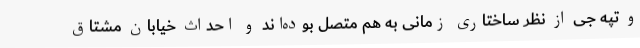
و تپه جی از نظر ساختاری زمانی به هم متصل بوده‌اند و احداث خیابان مشتاق